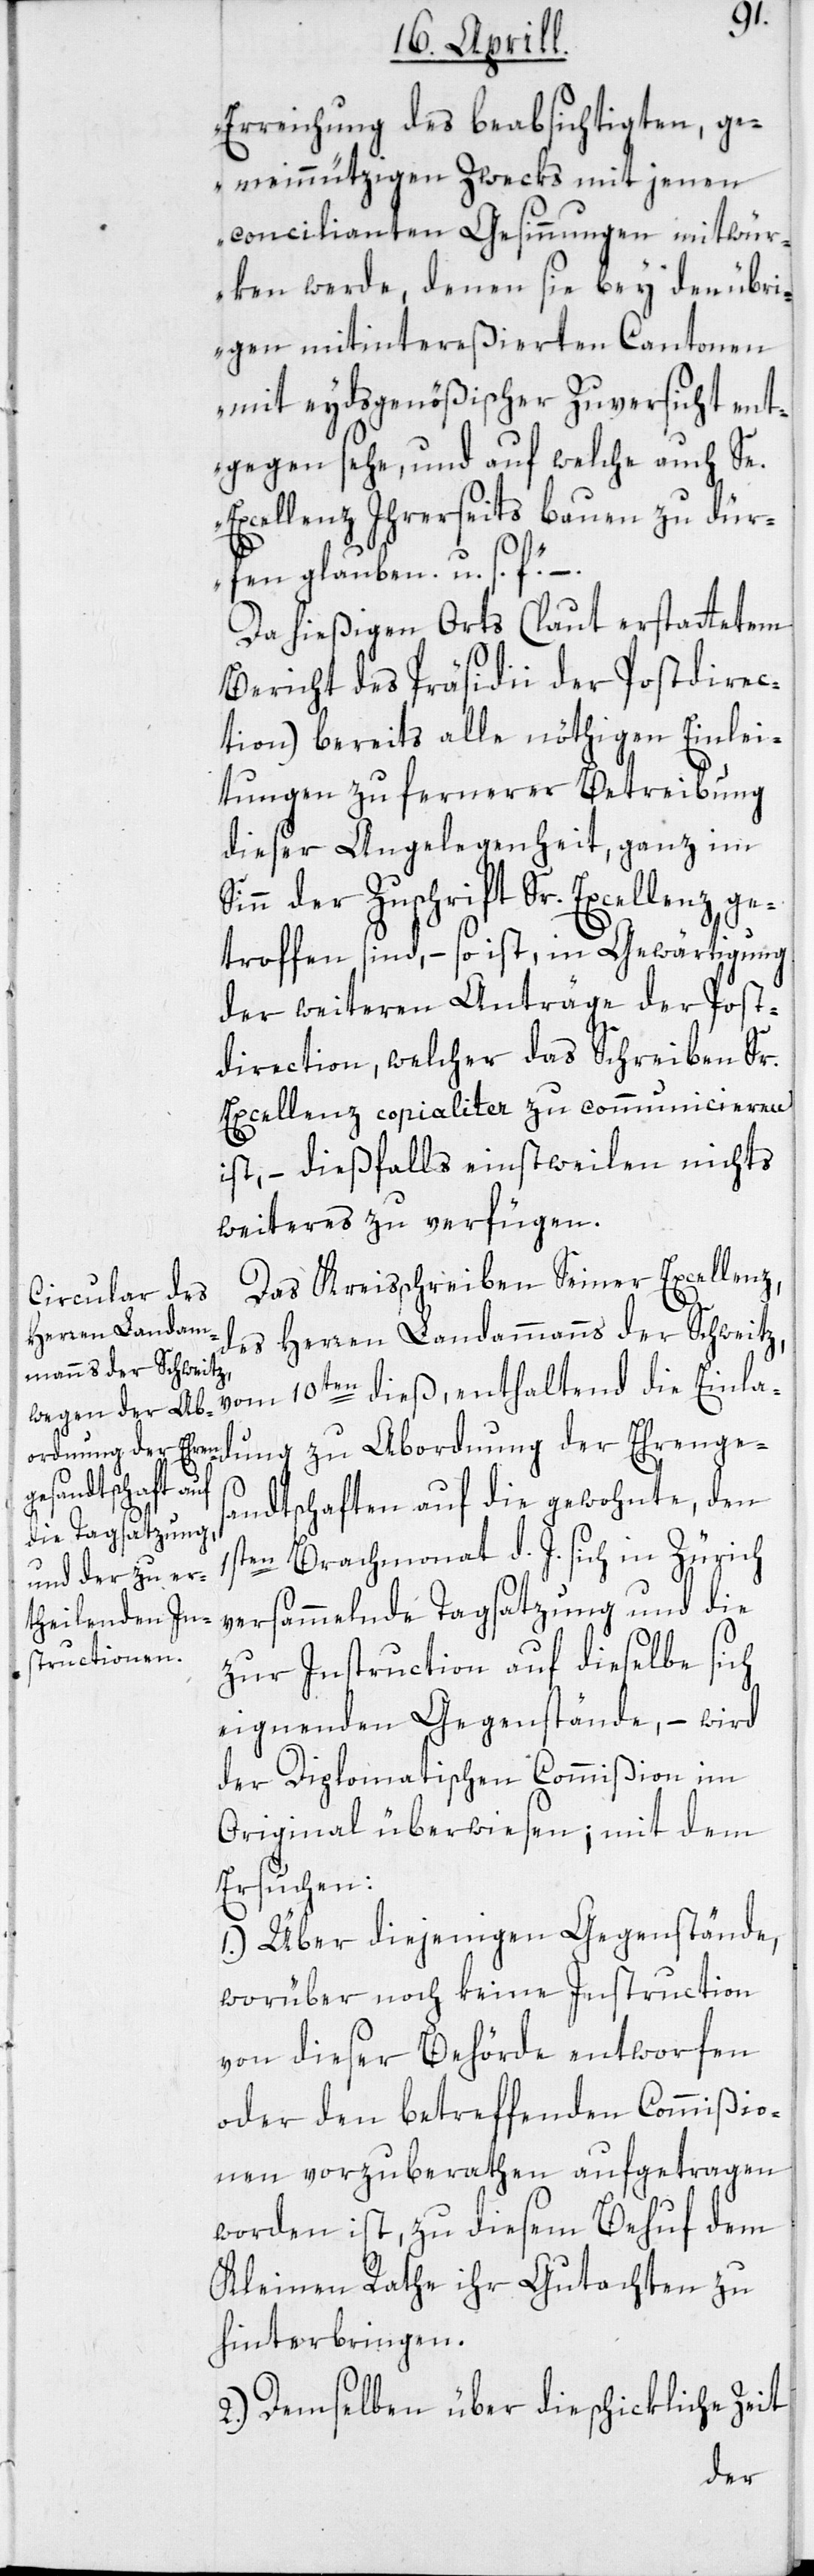
1s¬
Erreichung des beabsichtigten, ge¬
meinnützigen Zwecks mit jenen
concilianten Gesinnungen mitwür¬
ken werde, denen sie bey den übri¬
gen mitintereßierten Cantonen
mit eydsgenößischer Zuversicht ent¬
gegen sehe, und auf welche auch Se.
Excellenz Ihrerseits bauen zu dür¬
fen glauben, u. s. f.“ –.
Da hießigen Orts (laut erstattetem
Bericht des Präsidii der Postdirec¬
tion) bereits alle nöthigen Einlei¬
tungen zu fernerer Betreibung
dieser Angelegenheit, ganz im
Sinn der Zuschrift Sr. Excellenz ge¬
troffen sind, – so ist in Gewärtigung
der weiteren Anträge der Post¬
direction, welcher das Schreiben Sr
Excellenz copialiter zu communicieren
ist, – dießfalls einstweilen nichts
weiteres zu verfügen.
Das Kreisschreiben Seiner Excellenz,
des Herren Landammanns der Schweitz
vom 10ten dieß, enthaltend die Einla¬
dung zu Abordnung der Ehrenges¬
andtschaften auf die gewohnte, den
ten Brachmonat d. J. sich in Zürich
versammelnde Tagsatzung und die
zur Instruction auf dieselbe sich
eignenden Gegenstände, – wird
der Diplomatischen Commißion im
Original überwiesen; mit dem
Ersuchen:
1.) Über diejenigen Gegenstände,
worüber noch keine Instruction
von dieser Behörde entworfen
oder den betreffenden Commißio¬
nen vorzuberathen aufgetragen
worden ist, zu diesem Behuf dem
Kleinen Rathe ihr Gutachten zu
hinterbringen.
2.) Demselben über die schickliche Zeit